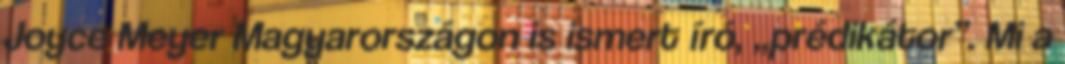
Joyce Meyer Magyarországon is ismert író, „prédikátor”. Mi a